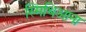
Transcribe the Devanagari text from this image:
स्मिथिआना